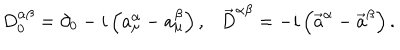
LaTeX: D _ { 0 } ^ { \alpha \beta } = \partial _ { 0 } - i \left( a _ { \mu } ^ { \alpha } - a _ { \mu } ^ { \beta } \right) , \vec { D } ^ { \alpha \beta } = - i \left( \vec { a } ^ { \alpha } - \vec { a } ^ { \beta } \right) .